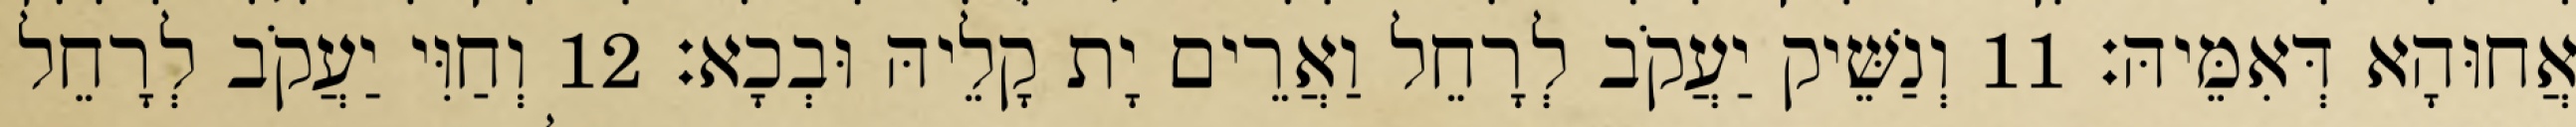
אֲחוּהָא דְּאִמֵּיהּ׃ 11 וְנַשֵּׁיק יַעֲקֹב לְרָחֵל וַאֲרֵים יָת קָלֵיהּ וּבְכָא׃ 12 וְחַוִּי יַעֲקֹב לְרָחֵל